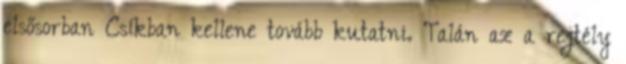
elsősorban Csíkban kellene tovább kutatni. Talán az a rejtély